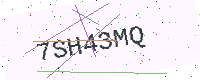
Text: 7SH43MQ